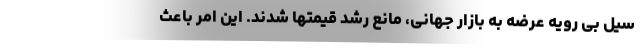
سیل بی رویه عرضه به بازار جهانی، مانع رشد قیمتها شدند. این امر باعث